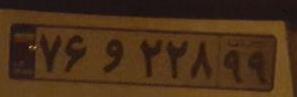
۷۶و۲۲۸۹۹